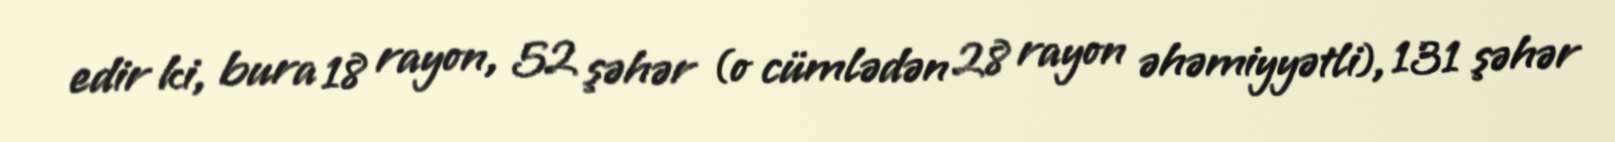
edir ki, bura 18 rayon, 52 şəhər (o cümlədən 28 rayon əhəmiyyətli), 131 şəhər